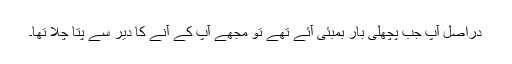
دراصل آپ جب پچھلی بار بمبئی آئے تھے تو مجھے آپ کے آنے کا دیر سے پتا چلا تھا۔